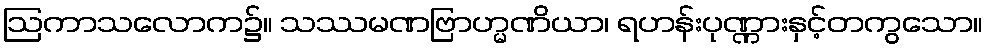
ဩကာသလောက၌။ သဿမဏဗြာဟ္မဏိယာ၊ ရဟန်းပုဏ္ဏားနှင့်တကွသော။